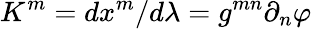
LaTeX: K^{m}=dx^{m}/d\lambda=g^{mn}\partial_{n}\varphi